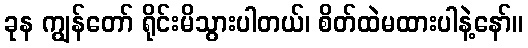
ခုန ကျွန်တော် ရိုင်းမိသွားပါတယ်၊ စိတ်ထဲမထားပါနဲ့နော်။